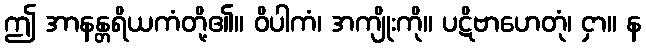
ဤ အာနန္တရိယကံတို့၏။ ဝိပါကံ၊ အကျိုးကို။ ပဋိဗာဟေတုံ၊ ငှာ။ န